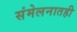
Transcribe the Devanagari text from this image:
संमेलनातही